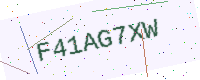
Text: F41AG7XW